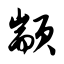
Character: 颛